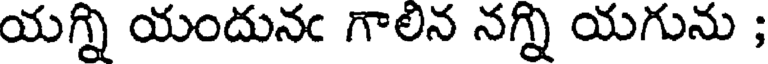
యగ్ని యందునఁ గాలిన నగ్ని యగును ;